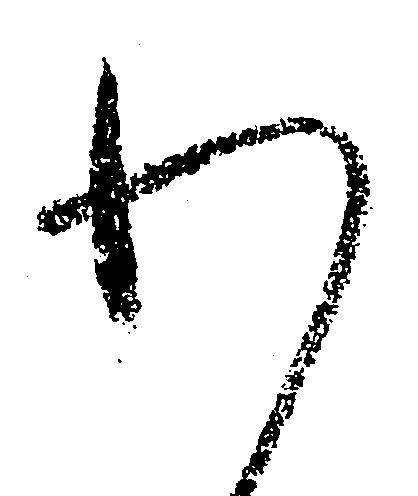
わ